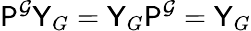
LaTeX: \mathsf{P}^{\mathcal{G}}\mathsf{Y}_{G}=\mathsf{Y}_{G}\mathsf{P}^{\mathcal{G}}=\mathsf{Y}_{G}